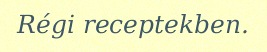
Régi receptekben.